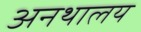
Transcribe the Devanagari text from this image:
अनथालय